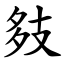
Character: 㩼